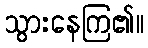
သွားနေကြ၏။